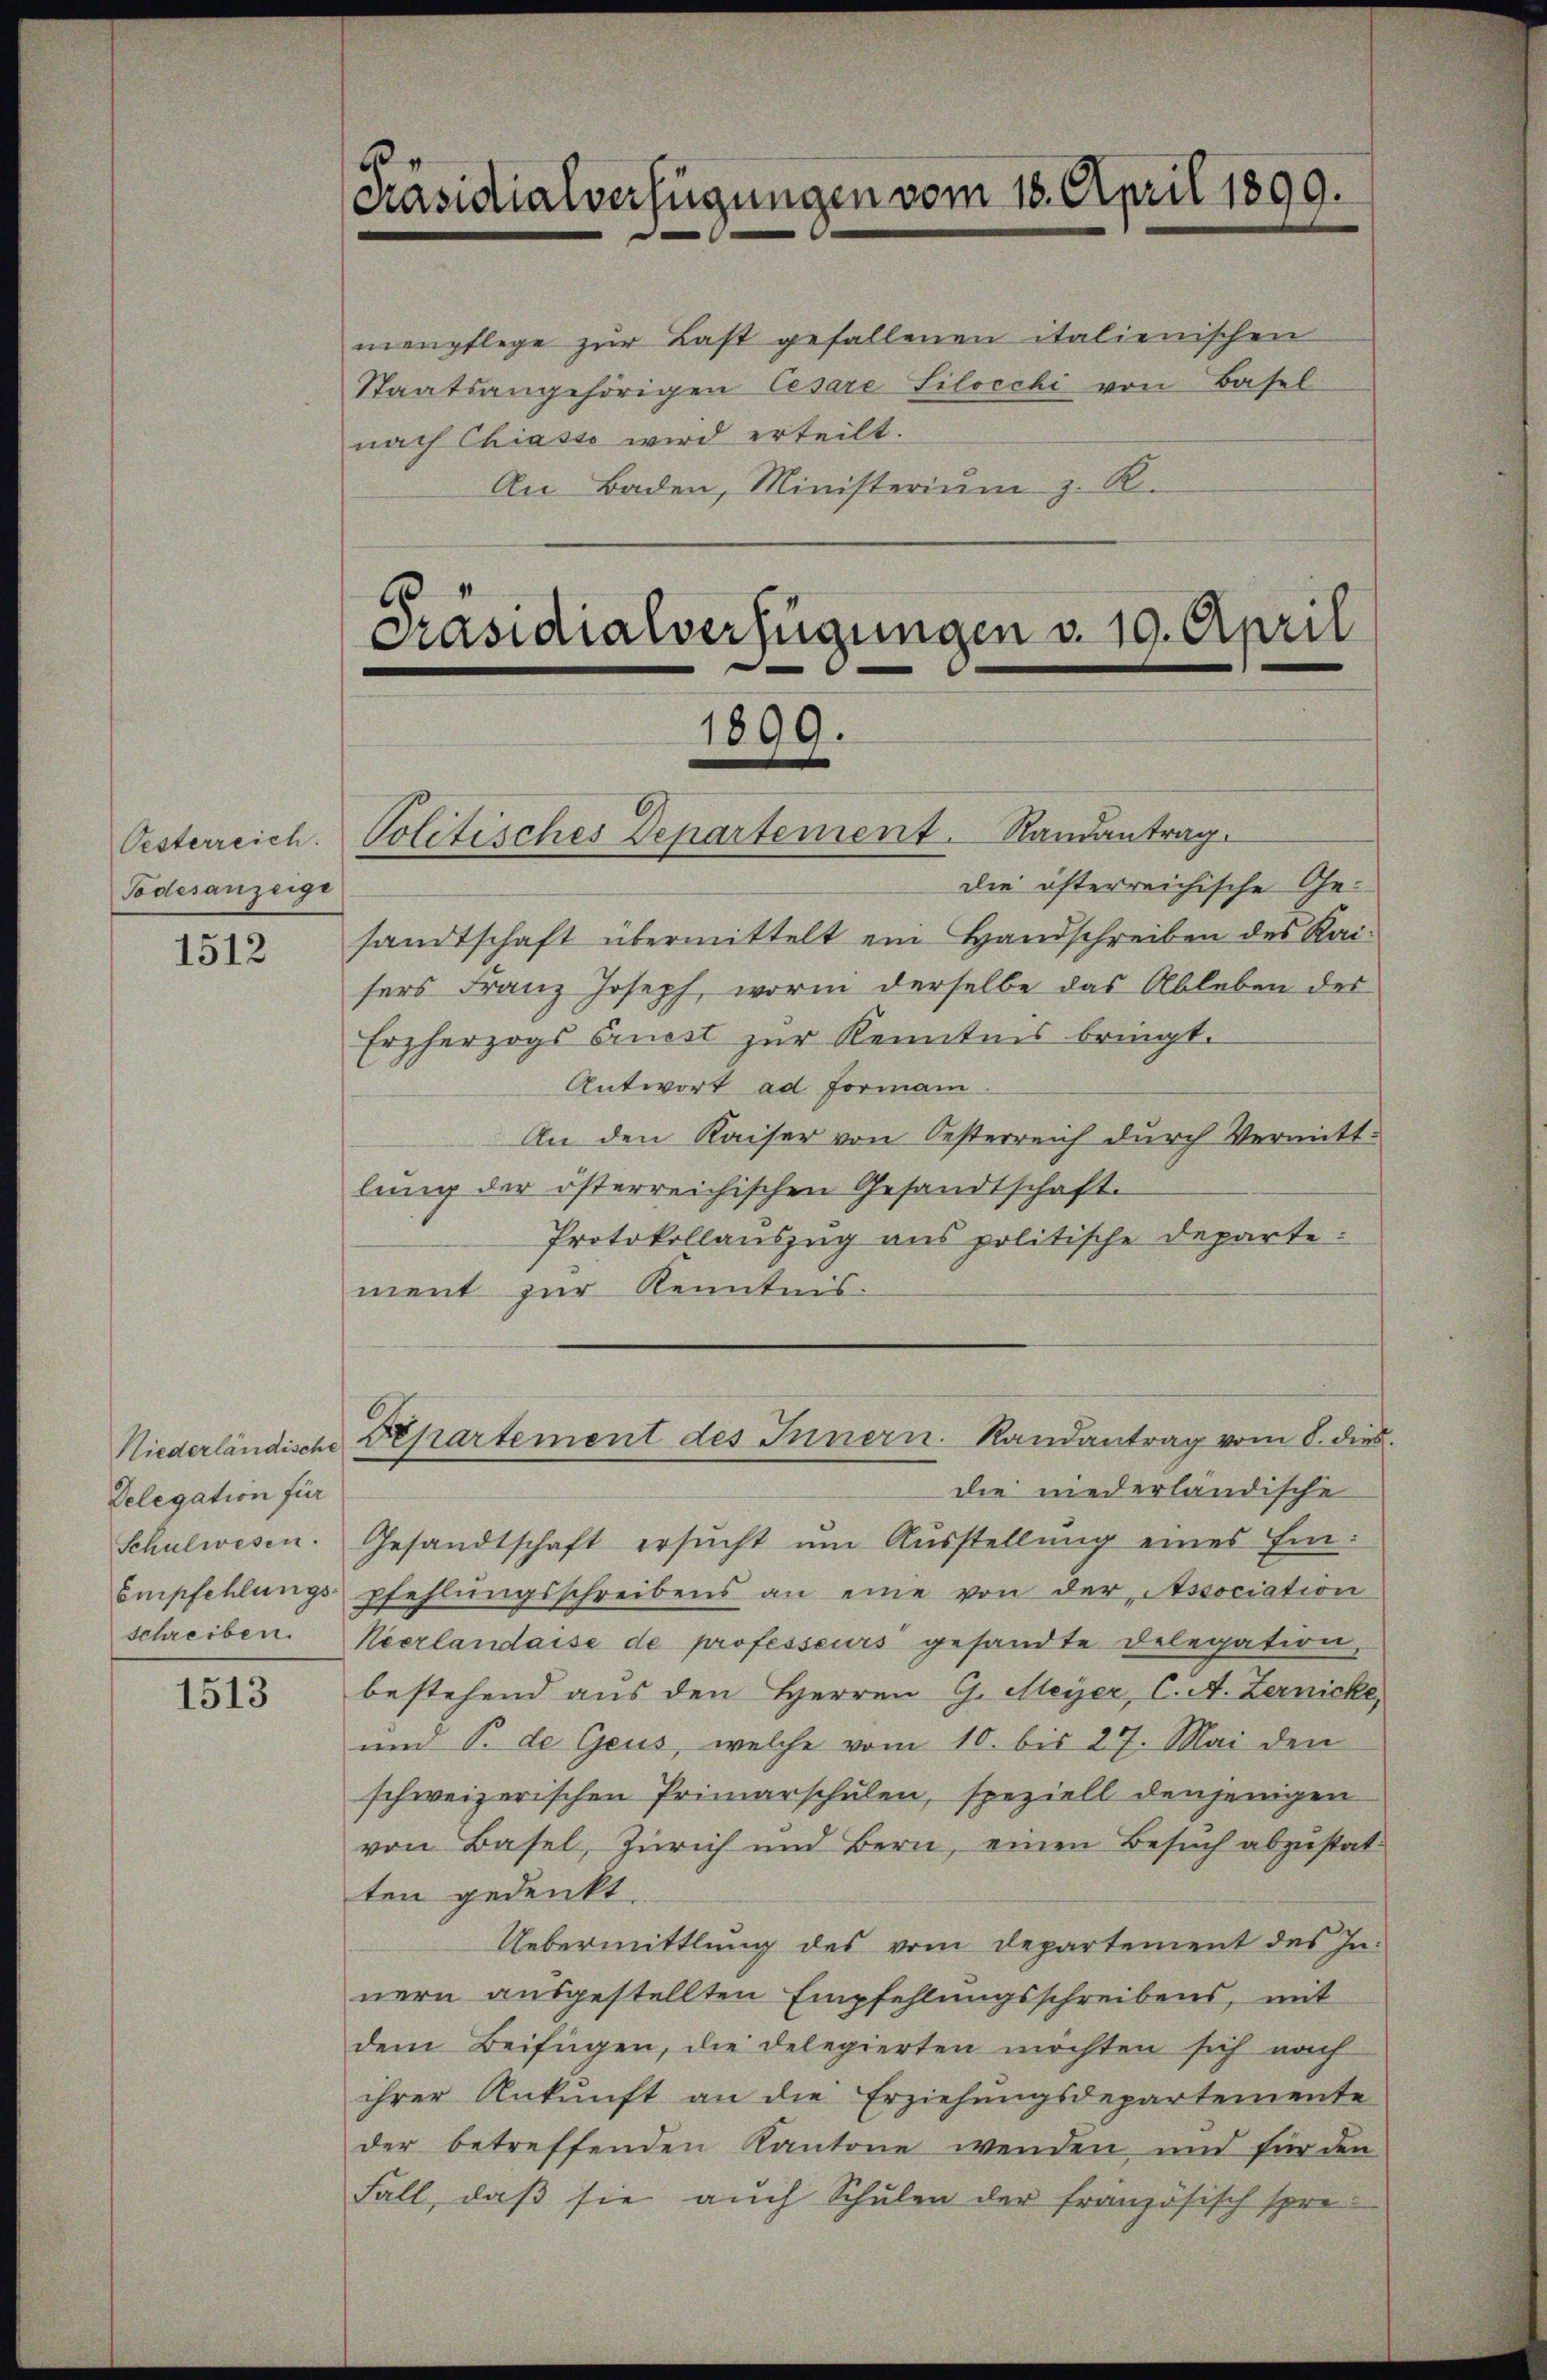
Oesterreich.
Todesanzeige

1512

Delegation für

1513

menpflege zŭr Last gefallenen italienischen
Staatsangehörigen Cesare Silocchi von Basel
nach Chiasso wird erteilt.
An Baden, Ministerium z. R.

Präsidialverfügungen vom 18. April 1899.

Präsidialverfügungen v. 19. April
1899.
Politisches Departement. Randantrag.

Die öfterreichische Gesandtschaft übermittelt ein Handschreiben des Kaisers Franz Joseph, worin derselbe das Ableben des
Erzherzogs Cruest zur Kenntnis bringt.
Antwort ad Formani
An den Kaiser von Oesterreich durch Vermittlung der österreichischen Gesandtschaft.
Protokollauszug aus politische Departe:
ment zur Kenntnis.
die niederländische
Schulwesen. Gesandtschaft ersŭcht ŭm Aŭsstellŭng eines Ein¬
Empfehlungs-pfehlŭngsschreibens an eine von der Association
schreiben. Neerlandaise de professeurs gesandte Delegation,
bestehend aus den Herren G. Meyer, C. A. Zernicke,
und T. de Geus, welche vom 10. bis 27. Mai den
schweizerischen Primarschulen, speziell denjenigen
von Basel, Zürich und Bern, einen Besuch abzustatten gedenkt.
Uebermittlung des vom Departement des In-
nern ausgestellten Empfehlungsschreibens, mit
dem Beifügen, die delegierten möchten sich nach
ihrer Ankunft an die Erziehŭngsdepartemente
der betreffenden Kantone wenden und für den
Fall, daß sie auch Schulen der französisch spre

Niederländische Departement des Innern. Randantrag vom 8. dies